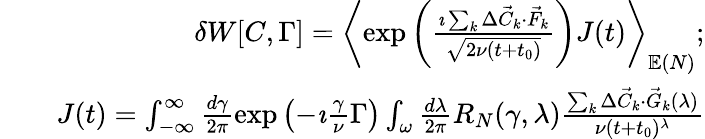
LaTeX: \begin{array}{rlr}&{}&{\delta W[C,\Gamma]=\left\langle\exp\left(\frac{\imath\sum_{k}\Delta\vec{C}_{k}\cdot\vec{F}_{k}}{\sqrt{2\nu(t+t_{0})}}\right)J(t)\right\rangle_{\mathbb{E}(N)};}\\ &{}&{J(t)=\int_{-\infty}^{\infty}\frac{d\gamma}{2\pi}\exp\left(-\imath\frac{\gamma}{\nu}\Gamma\right)\int_{\omega}\frac{d\lambda}{2\pi}R_{N}(\gamma,\lambda)\frac{\sum_{k}\Delta\vec{C}_{k}\cdot\vec{G}_{k}(\lambda)}{\nu(t+t_{0})^{\lambda}}}\end{array}